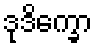
ဒုဒိက္ခော